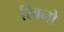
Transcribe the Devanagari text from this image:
खिनो